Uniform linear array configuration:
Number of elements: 24
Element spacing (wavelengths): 0.25
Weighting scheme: hamming
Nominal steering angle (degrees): -30
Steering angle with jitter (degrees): -30.52
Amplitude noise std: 0.05
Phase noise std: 0.05

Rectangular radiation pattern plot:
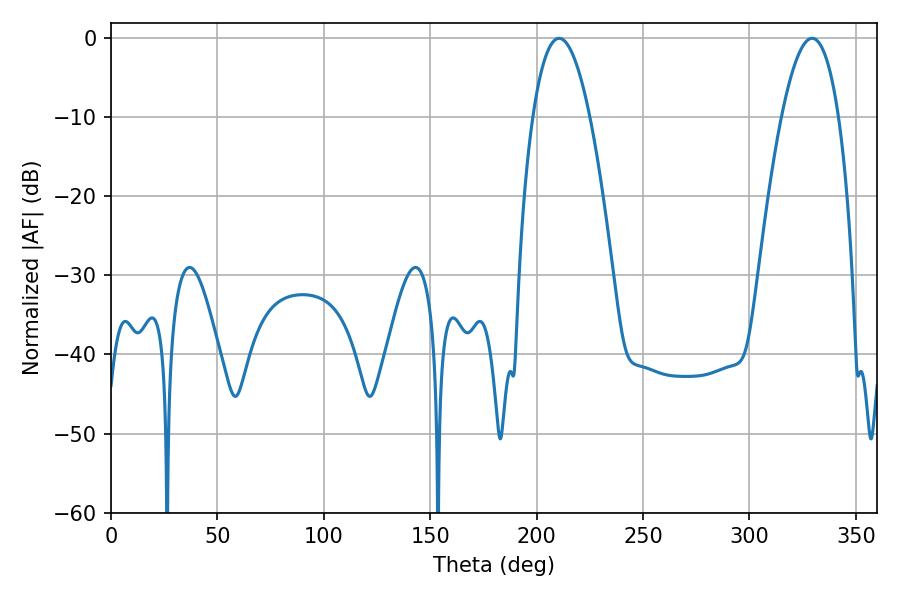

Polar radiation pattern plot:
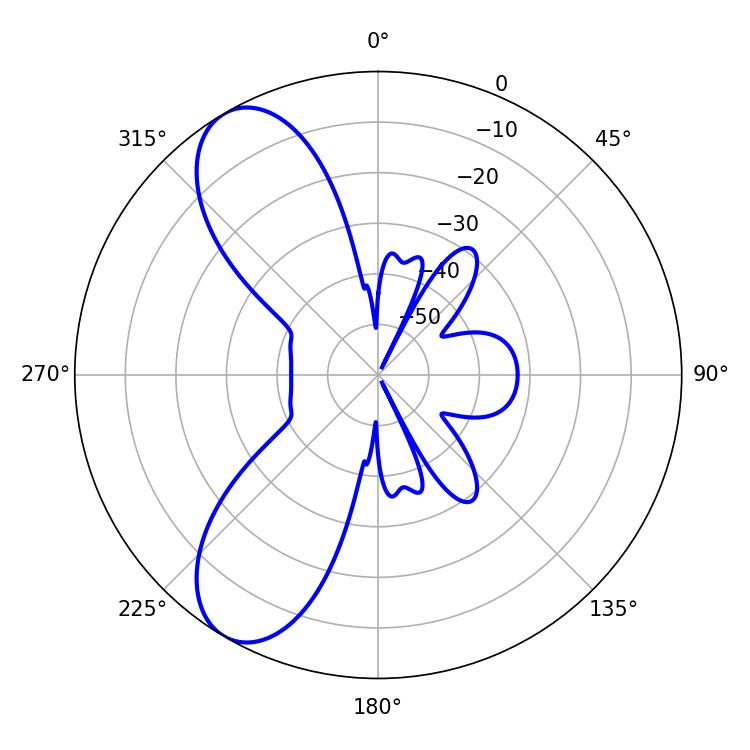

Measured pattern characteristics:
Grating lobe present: FALSE
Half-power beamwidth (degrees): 14.94
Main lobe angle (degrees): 210.6